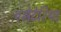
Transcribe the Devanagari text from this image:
एसेटेरिया